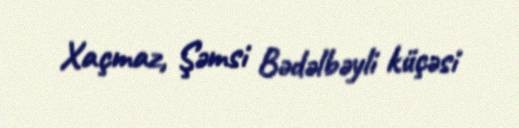
Xaçmaz, Şəmsi Bədəlbəyli küçəsi